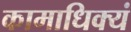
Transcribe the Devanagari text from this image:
कामाधिक्यं